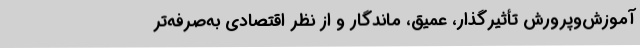
آموزش‌وپرورش تأثیرگذار، عمیق، ماندگار و از نظر اقتصادی به‌صرفه‌تر